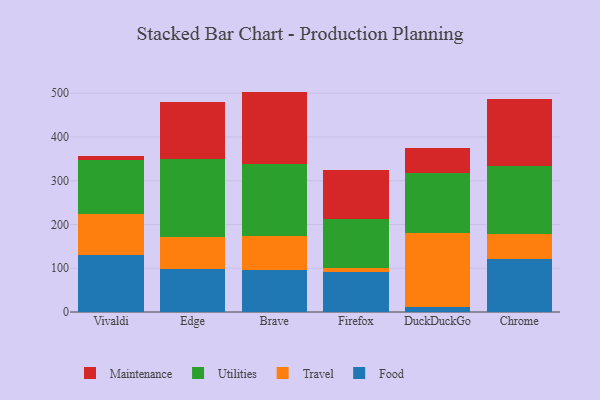
{"axis": {"x": "Browser", "y": "Shipments"}, "legend": ["Food", "Maintenance", "Travel", "Utilities"], "data": [{"x": "Vivaldi", "y": 131.1, "type": "Food"}, {"x": "Vivaldi", "y": 93.1, "type": "Travel"}, {"x": "Vivaldi", "y": 123.6, "type": "Utilities"}, {"x": "Vivaldi", "y": 8.3, "type": "Maintenance"}, {"x": "Edge", "y": 97.6, "type": "Food"}, {"x": "Edge", "y": 73.4, "type": "Travel"}, {"x": "Edge", "y": 178.6, "type": "Utilities"}, {"x": "Edge", "y": 131.4, "type": "Maintenance"}, {"x": "Brave", "y": 95.2, "type": "Food"}, {"x": "Brave", "y": 78.3, "type": "Travel"}, {"x": "Brave", "y": 164.3, "type": "Utilities"}, {"x": "Brave", "y": 165.9, "type": "Maintenance"}, {"x": "Firefox", "y": 91.8, "type": "Food"}, {"x": "Firefox", "y": 8.6, "type": "Travel"}, {"x": "Firefox", "y": 112.2, "type": "Utilities"}, {"x": "Firefox", "y": 112.9, "type": "Maintenance"}, {"x": "DuckDuckGo", "y": 12.3, "type": "Food"}, {"x": "DuckDuckGo", "y": 168.5, "type": "Travel"}, {"x": "DuckDuckGo", "y": 136.1, "type": "Utilities"}, {"x": "DuckDuckGo", "y": 57.8, "type": "Maintenance"}, {"x": "Chrome", "y": 120.1, "type": "Food"}, {"x": "Chrome", "y": 59.0, "type": "Travel"}, {"x": "Chrome", "y": 155.4, "type": "Utilities"}, {"x": "Chrome", "y": 152.7, "type": "Maintenance"}]}